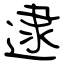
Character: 逮